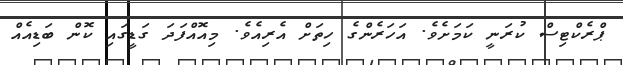
ޕްރެކްޓިސް ކުރަނީ ކަމަށެވެ. އަހަރެންގެ ހިތަށް އެރިއެވެ. މިއޮއްފަދަ ގަޑީގައި ކޮން ބަޑިއެއް